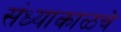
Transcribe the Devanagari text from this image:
संध्याकाळचे